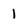
Character: 1